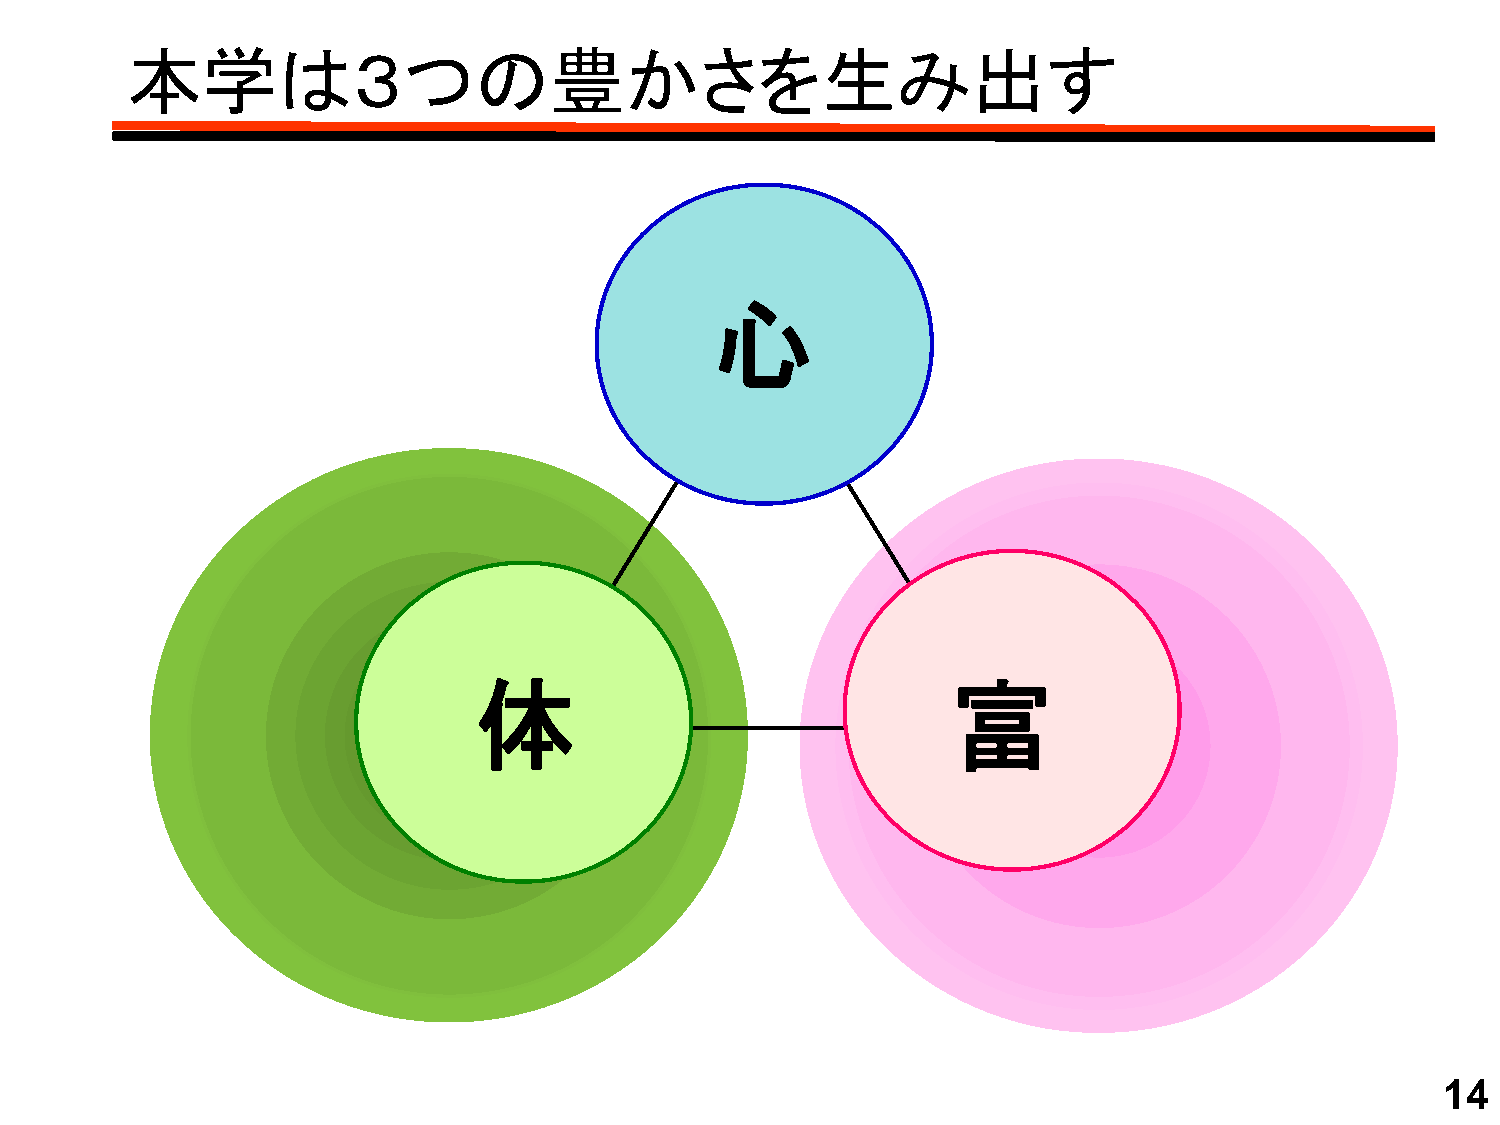
本学は３つの豊かさを生み出す
 心心
 体                               富
 14